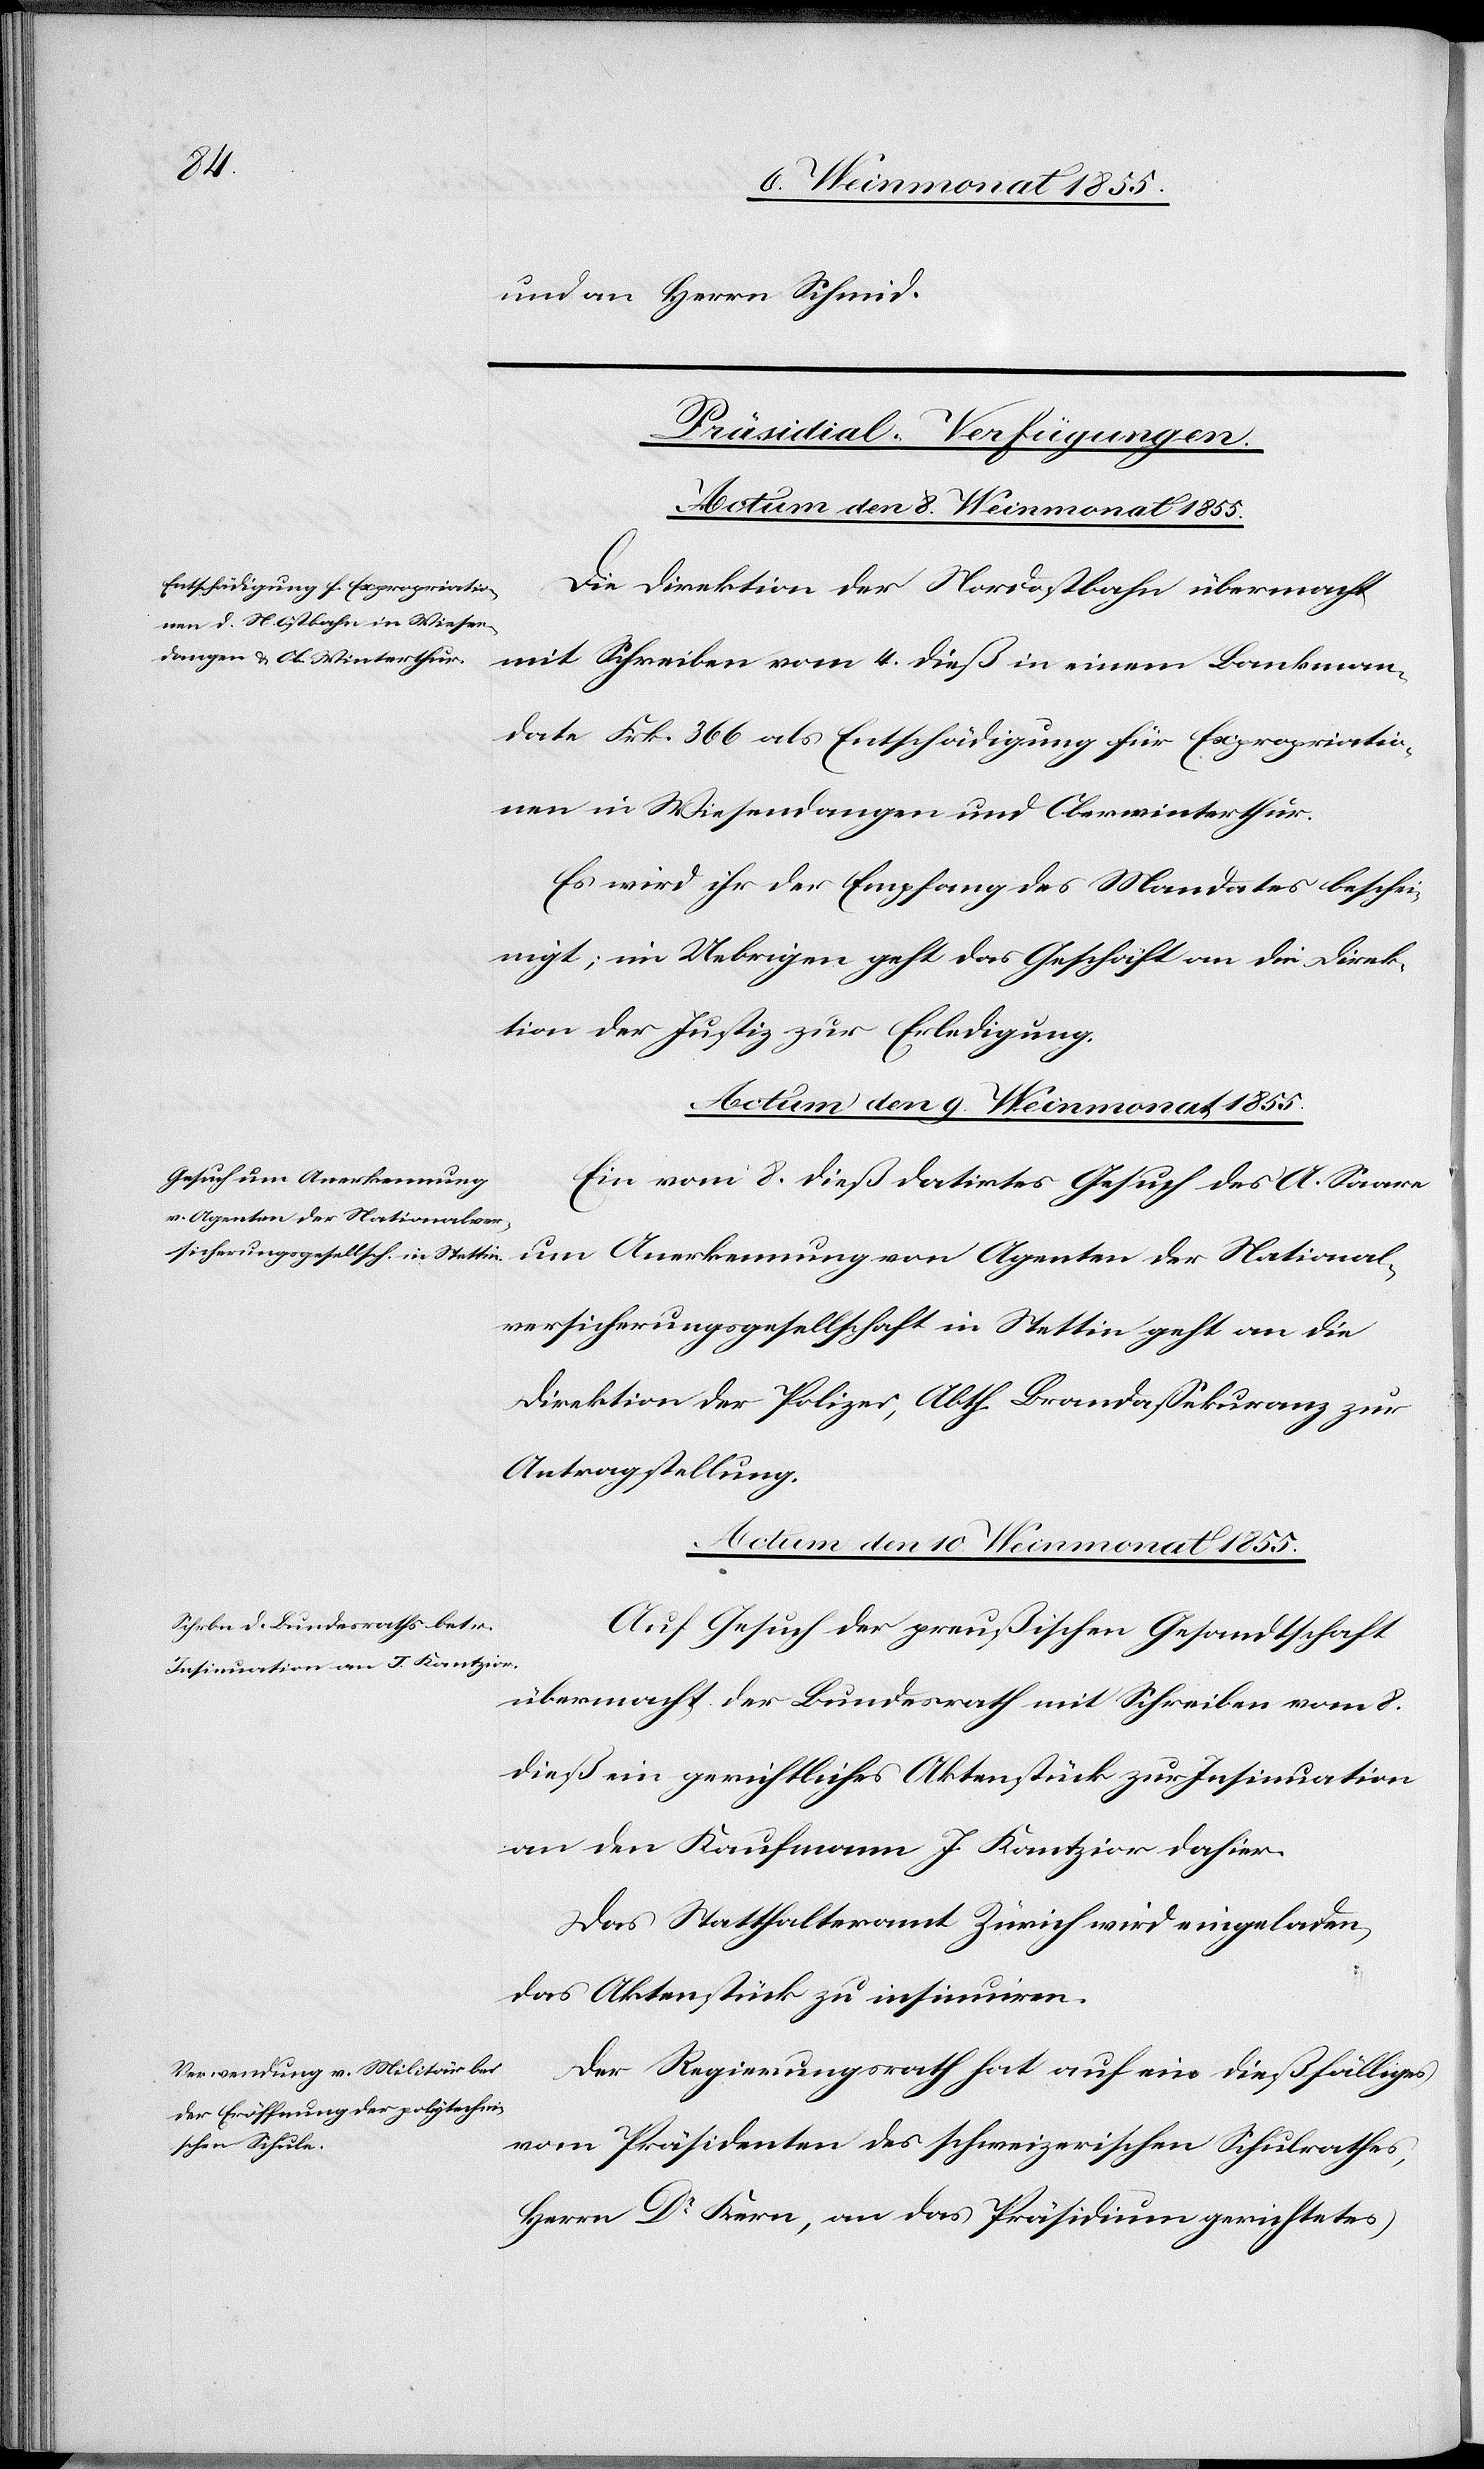
und an Herrn Schmid.
[Präsidial-Verfügungen.
Die Direktion der Nordostbahn übermacht
mit Schreiben vom 4. dieß in einem Bankman¬
date Frk. 366 als Entschädigung für Expropriatio¬
nen in Wiesendangen und Oberwinterthur.
Es wird ihr der Empfang des Mandates beschei¬
nigt; im Uebrigen geht das Geschäft an die Direk¬
tion der Justiz zur Erledigung.
Actum den 9. Weinmonat 1855.
Ein vom 8. dieß datirtes Gesuch des A. Saare
um Anerkennung von Agenten der National¬
versicherungsgesellschaft in Stettin geht an die
Direktion der Polizei, Abth. Brandassekuranz zur
Antragstellung.
Actum den 10. Weinmonat 1855.]
Auf Gesuch der preußischen Gesandtschaft
übermacht der Bundesrath mit Schreiben vom 8.
dieß ein gerichtliches Aktenstück zur Insinuation
an den Kaufmann J. Kantzior dahier.
Das Statthalteramt Zürich wird eingeladen,
das Aktenstück zu insinuiren.
Der Regierungsrath hat auf ein dießfälliges
vom Präsidenten des schweizerischen Schulrathes,
Herrn Dr Kern, an das Präsidium gerichtetes